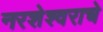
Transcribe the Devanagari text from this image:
नरशेश्‍वराचे